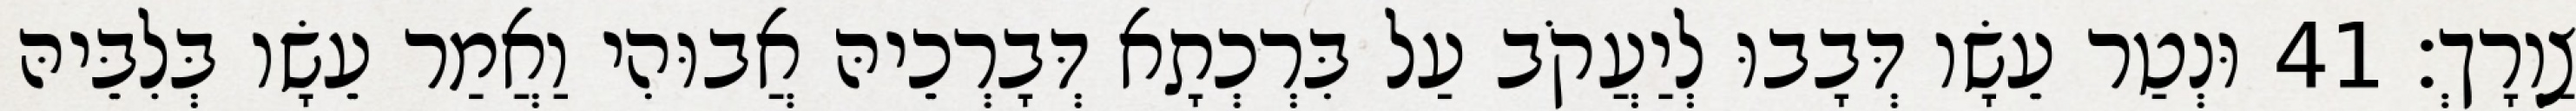
צַוְרָךְ׃ 41 וּנְטַר עֵשָׂו דְּבָבוּ לְיַעֲקֹב עַל בִּרְכְתָא דְּבָרְכֵיהּ אֲבוּהִי וַאֲמַר עֵשָׂו בְּלִבֵּיהּ